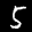
Label: 5